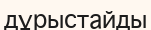
дұрыстайды